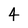
Character: 4